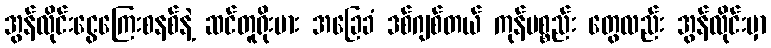
အွန်လိုင်းငွေကြေးစနစ်နဲ့ ဆင်တူရိုးမား အခြေခံ ဒစ်ဂျစ်တယ် ကုန်ပစ္စည်း တွေလည်း အွန်လိုင်းမှာ